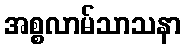
အစ္စလာမ်သာသနာ